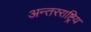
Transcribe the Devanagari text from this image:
अन्तरराष्ट्रिय